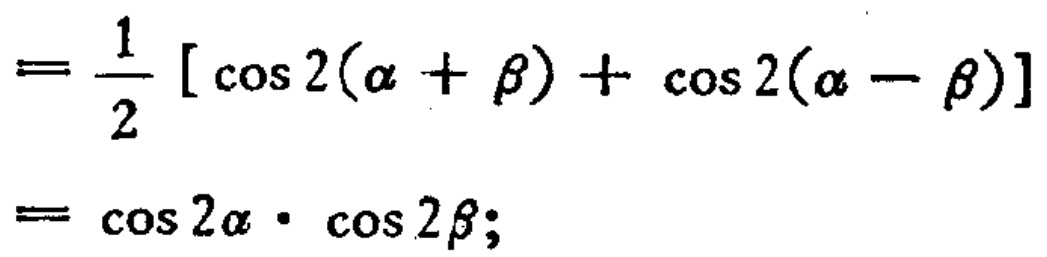
\[

\begin{align*}

&=\frac{1}{2}[\cos 2(\alpha+\beta)+\cos 2(\alpha - \beta)]\\

&=\cos 2\alpha\cdot\cos 2\beta;

\end{align*}

\]